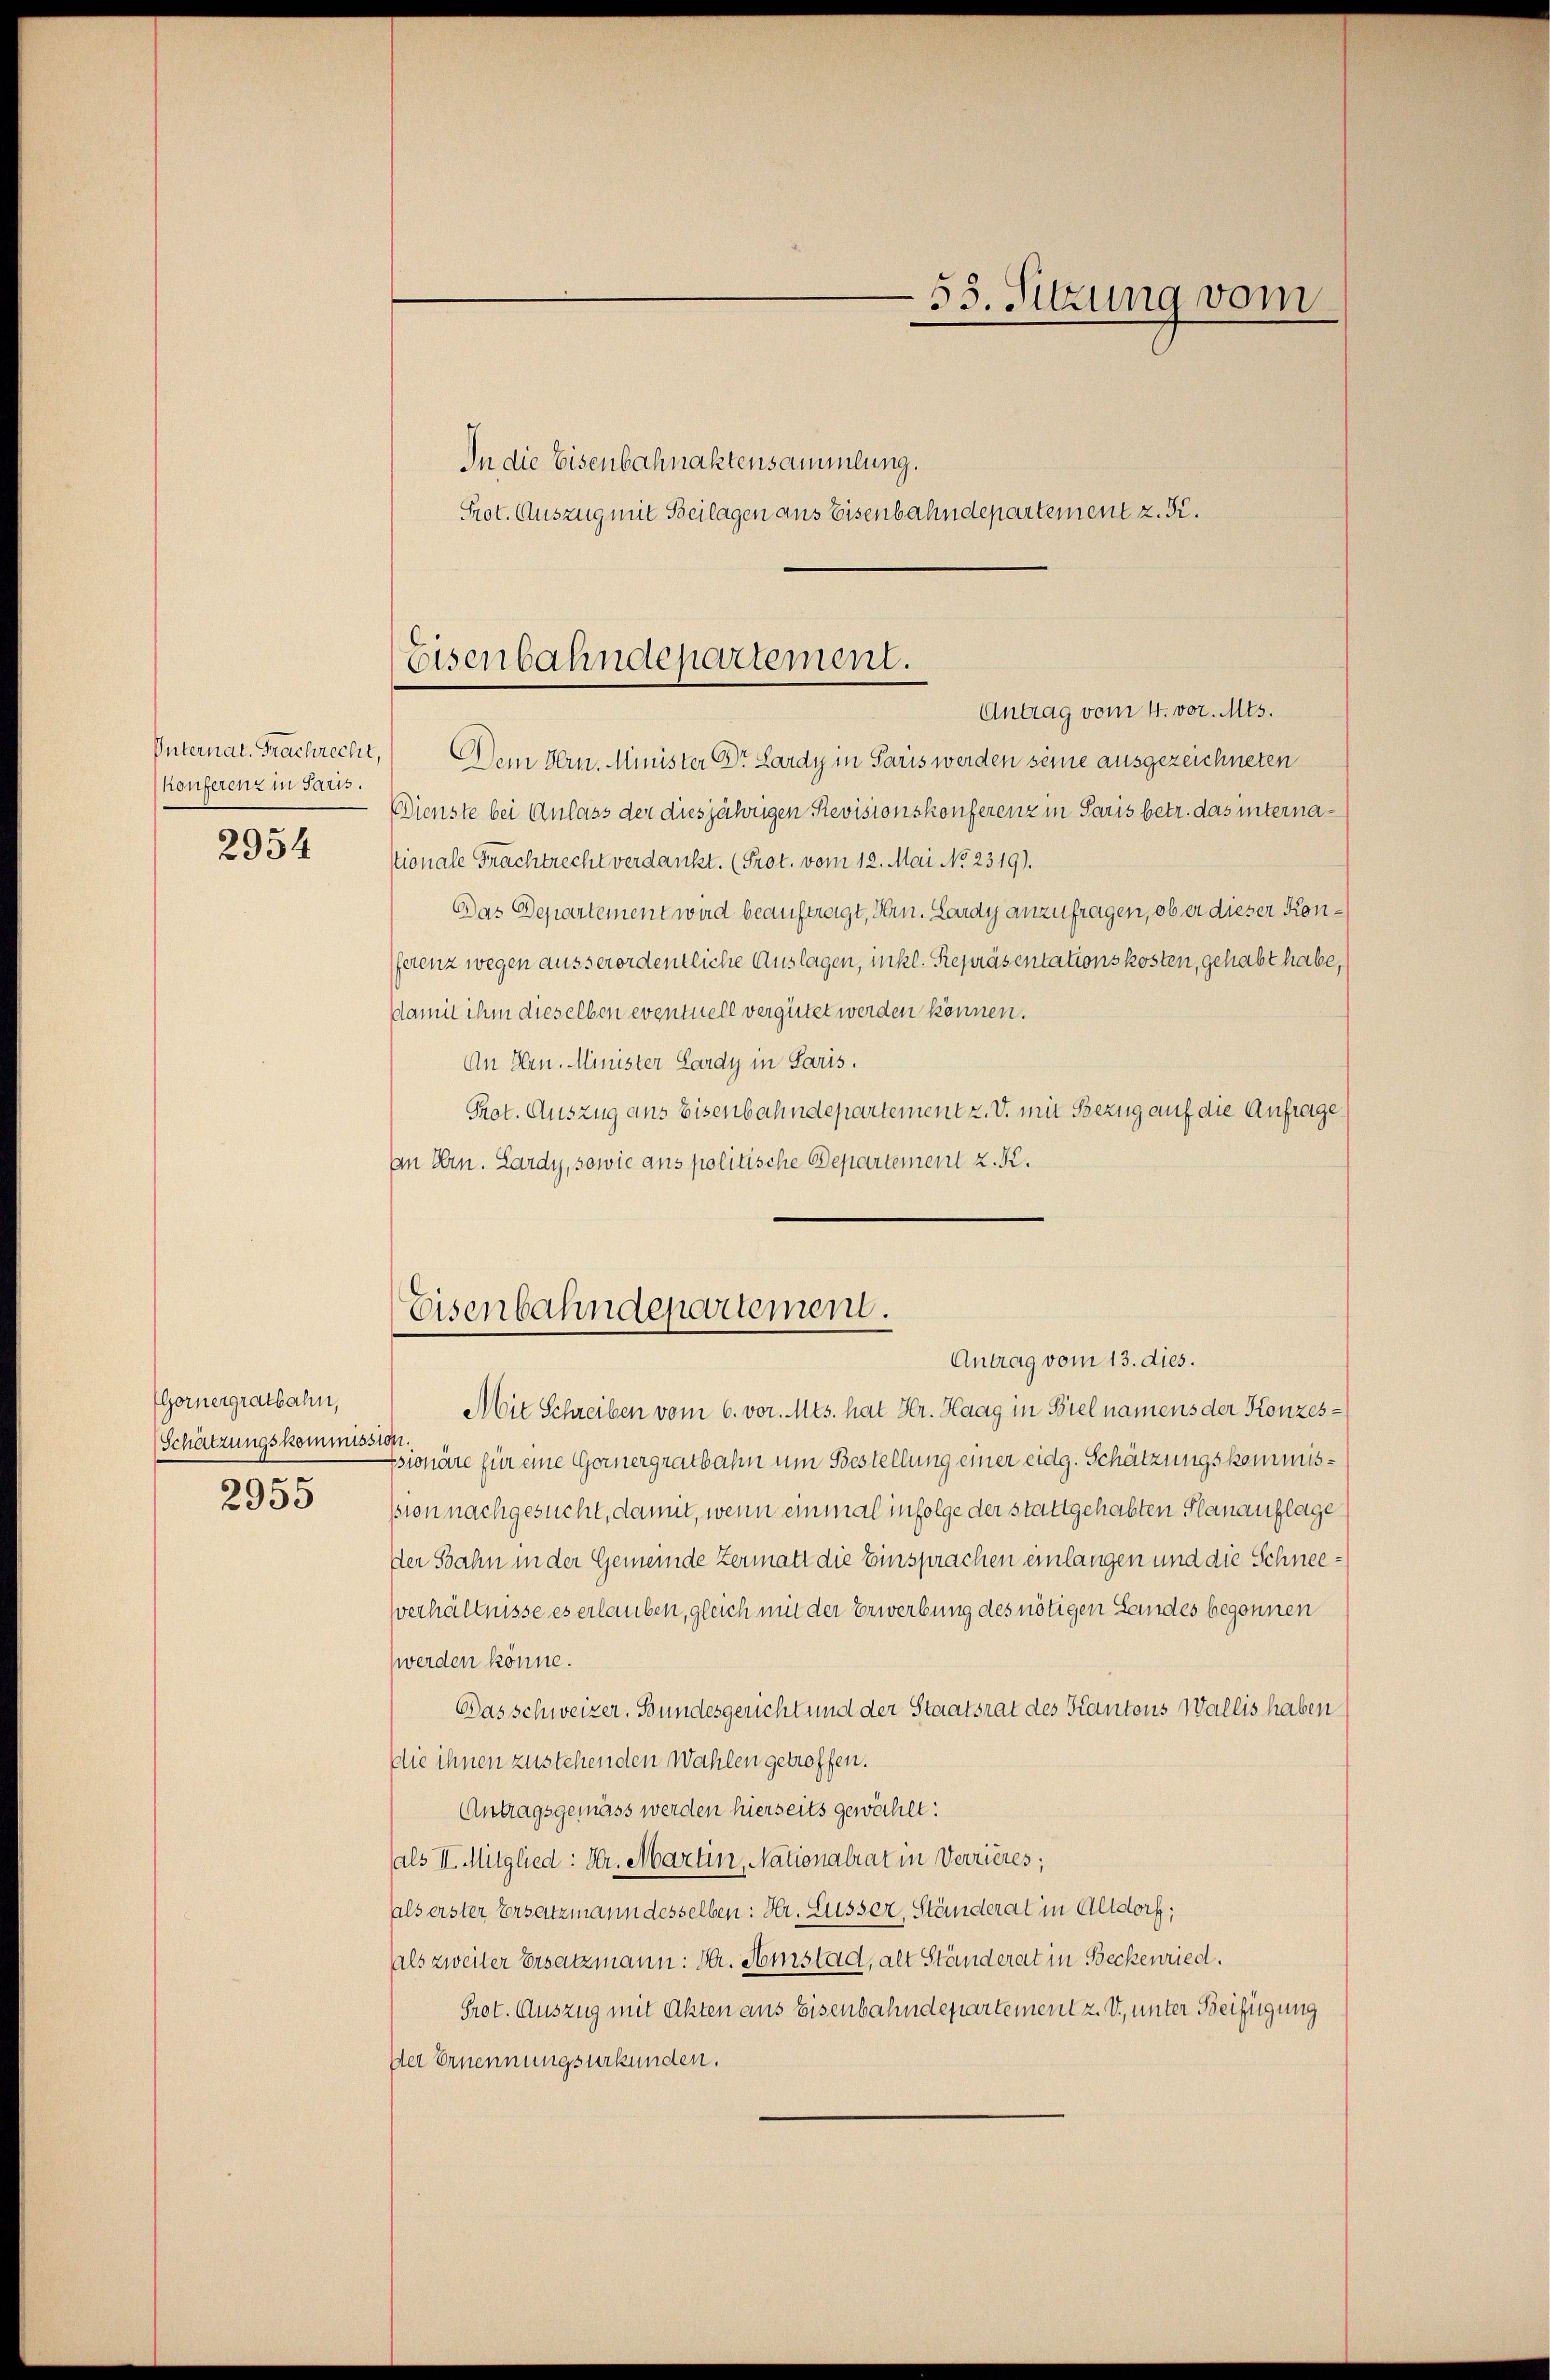
Unternat. Frachrecht,
Konferenz in Paris.
2954

(Gornergratbahn,
Schätzungskommission.
2955

53. Sitzung vom

Eisenbahndepartement.
Antrag vom 4. vor. Mts.

Dem Hrn. Minister Dr. Lardy in Paris werden seine ausgezeichneten
Dienste bei Anlass der diesjährigen Revisionskonferenz in Paris betr. das internastionale Frachtrecht verdankt. (Prot. vom 12. Mai No 2319).
Das Departement wird beauftragt, Hrn. Lardy anzufragen, ob er dieser Konferenz wegen ausserordentliche Auslagen, inkl. Repräsentationskosten, gehabt habe,
Damit ihm dieselben eventuell vergütet werden können.
An Hrn. Minister Lardy in Paris.
Prot. Auszug ans Eisenbahndepartement z. V. mit Bezug auf die Anfrage
an Hrn. Lardy, sowie ans politische Departement z. K.

In die Eisenbahnaktensammlung.
Prot. Auszug mit Beilagen aus Eisenbahndepartement z. S.

Mit Schreiben vom 6. vor. Mts. hat Hr. Haag in Biel namens der Konzes¬
Esionäre für eine Gernergratbahn um Bestellung einer eidg. Schätzungskommission nachgesucht, damit, wenn einmal infolge der stattgehabten Planauflage
der Sahn in der Gemeinde Zermatt die Einsprachen einlangen und die Schneeverhältnisse es erlauben, gleich mit der Erwerbung des nötigen Landes begonnen
werden könne.
Das schweizer. Bundesgericht und der Staatsrat des Kantons Wallis haben
die ihnen zustehenden Wahlen getroffen.
Antragsgemäss werden hierseits gewächet:
(als II. Mitglied: Hr. Martin, Nationalrat in Verrieres;
aals erster Ersatzmann desselben: Hr. Äusser, Ständerat in Altdorf;
als zweiter Ersatzmann: Hr. Amstad, alt Ständerat in Beckenried.
Prot. Auszug mit Akten aus Eisenbahndepartement z. V., unter Beifügung
Der Ernennungsurkunden.

Eisenbahndepartement.
Antrag vom 13. dies.